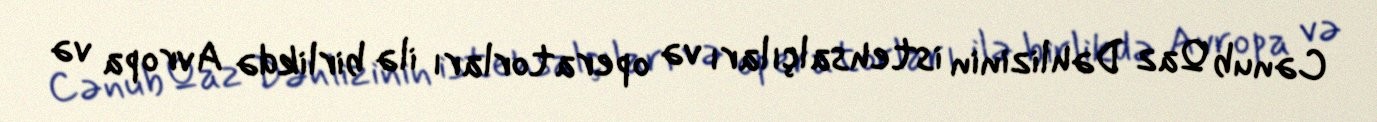
Cənub Qaz Dəhlizinin istehsalçıları və operatorları ilə birlikdə Avropa və